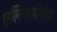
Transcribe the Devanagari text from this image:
एलिजाबेथेन